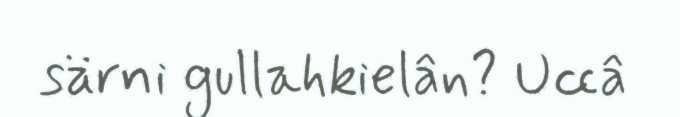
särni gullahkielân? Uccâ